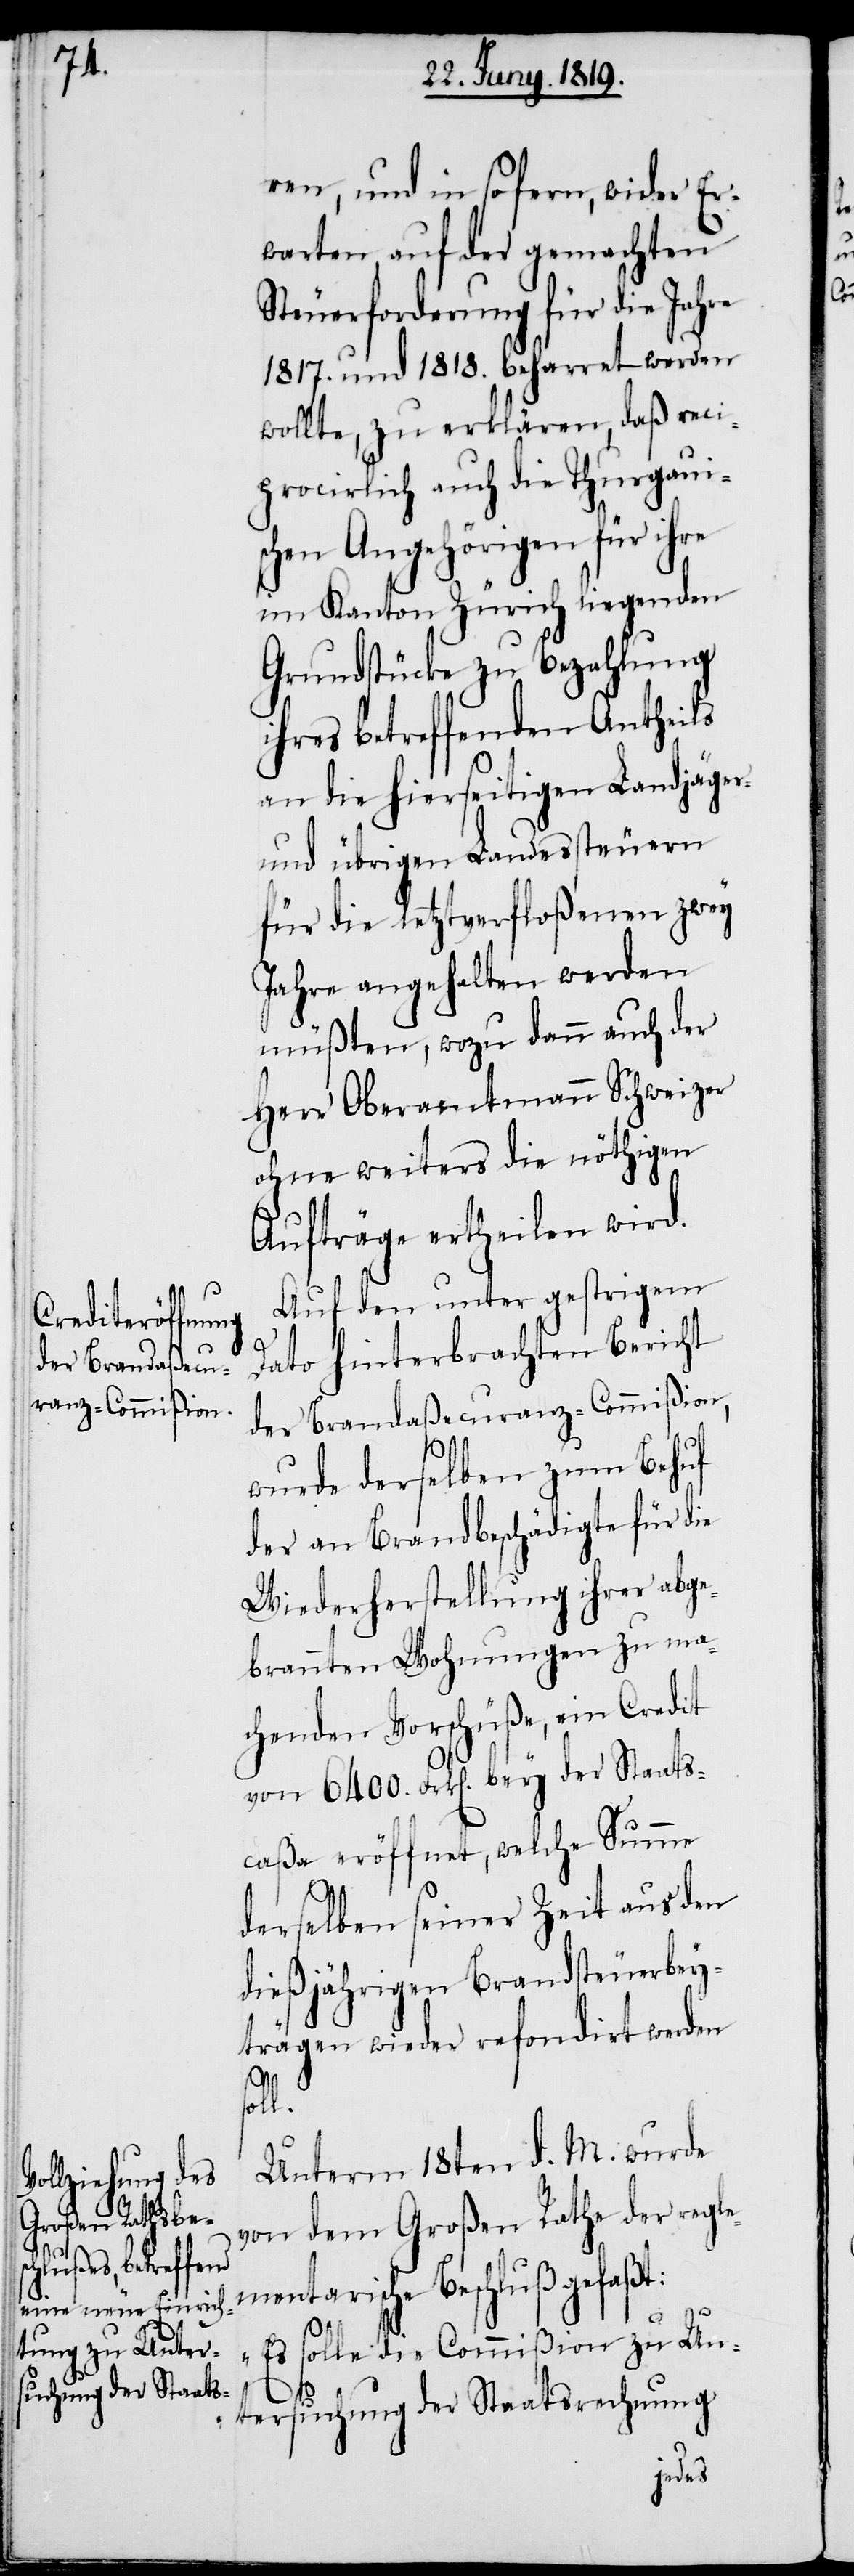
ren, und in so fern, wider Er¬
warten, auf der gemachten
Steuerforderung für die Jahre
1817. und 1818. beharret werden
wollte, zu erklären, daß reci¬
procirlich auch die Thurgauis¬
chen Angehörigen für ihre
im Kanton Zürich liegenden
Grundstücke zu Bezahlung
ihres betreffenden Antheils
an die hierseitigen Landjäger-
und übrigen Landessteuern
für die letztverfloßenen zwey
Jahre angehalten werden
müßten, wozu dann auch der
Herr Oberamtmann Schweizer
ohne weiters die nöthigen
Aufträge ertheilen wird.
Auf den unter gestrigem
Dato hinterbrachten Bericht
der Brandaßecuranz-Commißion,
wurde derselben zum Behuf
der an Brandbeschädigte für die
Wiederherstellung ihrer abge¬
brannten Wohnungen zu ma¬
chenden Vorschüße, ein Credit
von 6400. Frk[en]. bey der Staats¬
caßa eröffnet, welche Summe
derselben seiner Zeit aus den
dießjährigen Brandsteuerbey¬
trägen wieder refondirt werden
soll.
Unterm 18ten d. M. wurde
von dem Großen Rathe der regle¬
mentarische Beschluß gefaßt:
„Es solle die Commißion zu Un¬
tersuchung der Staatsrechnung